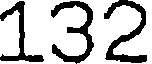
132